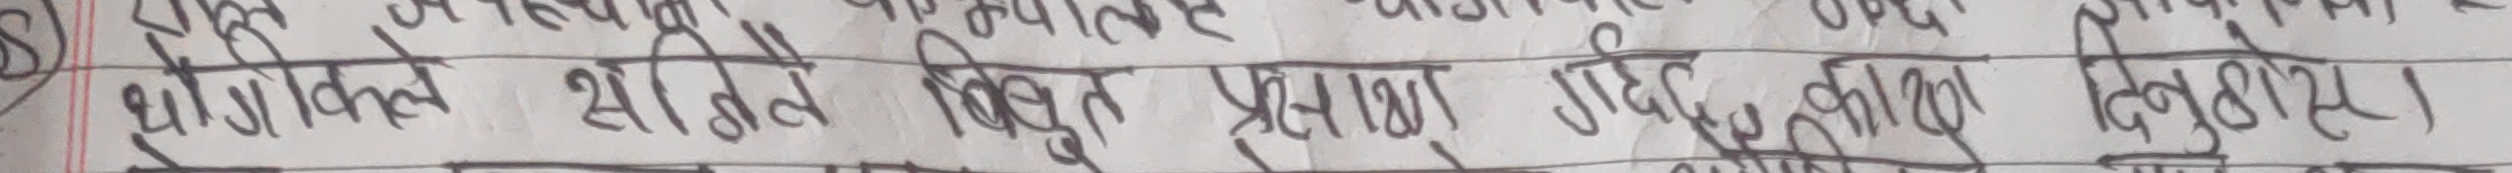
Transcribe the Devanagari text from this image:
थोक विक्रेता बिद्युत प्रसारण प्रबद्द, कार्य दिने हुरास।